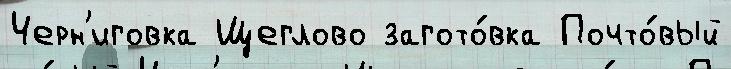
Черн'иговка Щеглово загото́вка Почто́вый